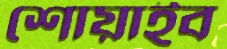
শোয়াইব